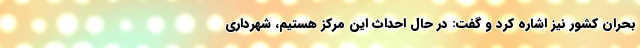
بحران کشور نیز اشاره کرد و گفت: در حال احداث این مرکز هستیم، شهرداری